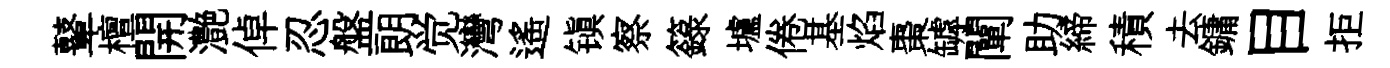
鼙檀開灔倬忍盤朗觉灣遥镇察籙壚倦基焰棗罅闡助締積去鏞目拒